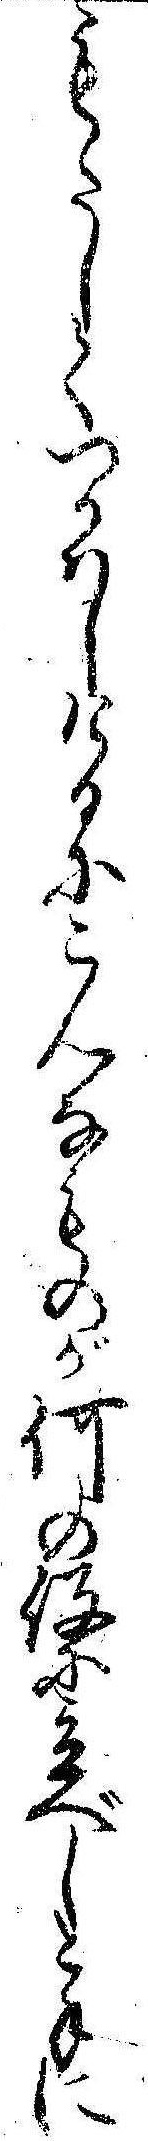
もたしてつかはしけるにこんなものが何の役に立べしと手に